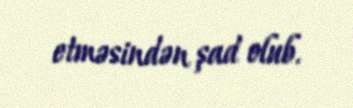
etməsindən şad olub.